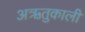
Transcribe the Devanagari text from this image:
अऋतुकाली